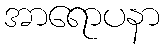
အာရောပနာ